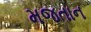
મજતાન